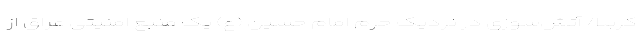
کربلا/ آتش‌سوزی در نردیک حرم امام حسین (ع) یک منبع امنیتی عراق ‌از